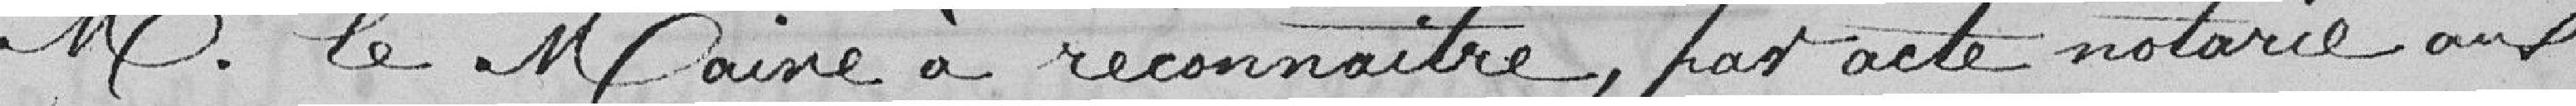
M. le Maire à reconnaitre, par acte notarié aux